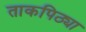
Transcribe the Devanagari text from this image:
ताकपिठ्या